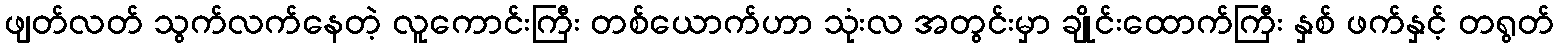
ဖျတ်လတ် သွက်လက်နေတဲ့ လူကောင်းကြီး တစ်ယောက်ဟာ သုံးလ အတွင်းမှာ ချိုင်းထောက်ကြီး နှစ် ဖက်နှင့် တရွတ်